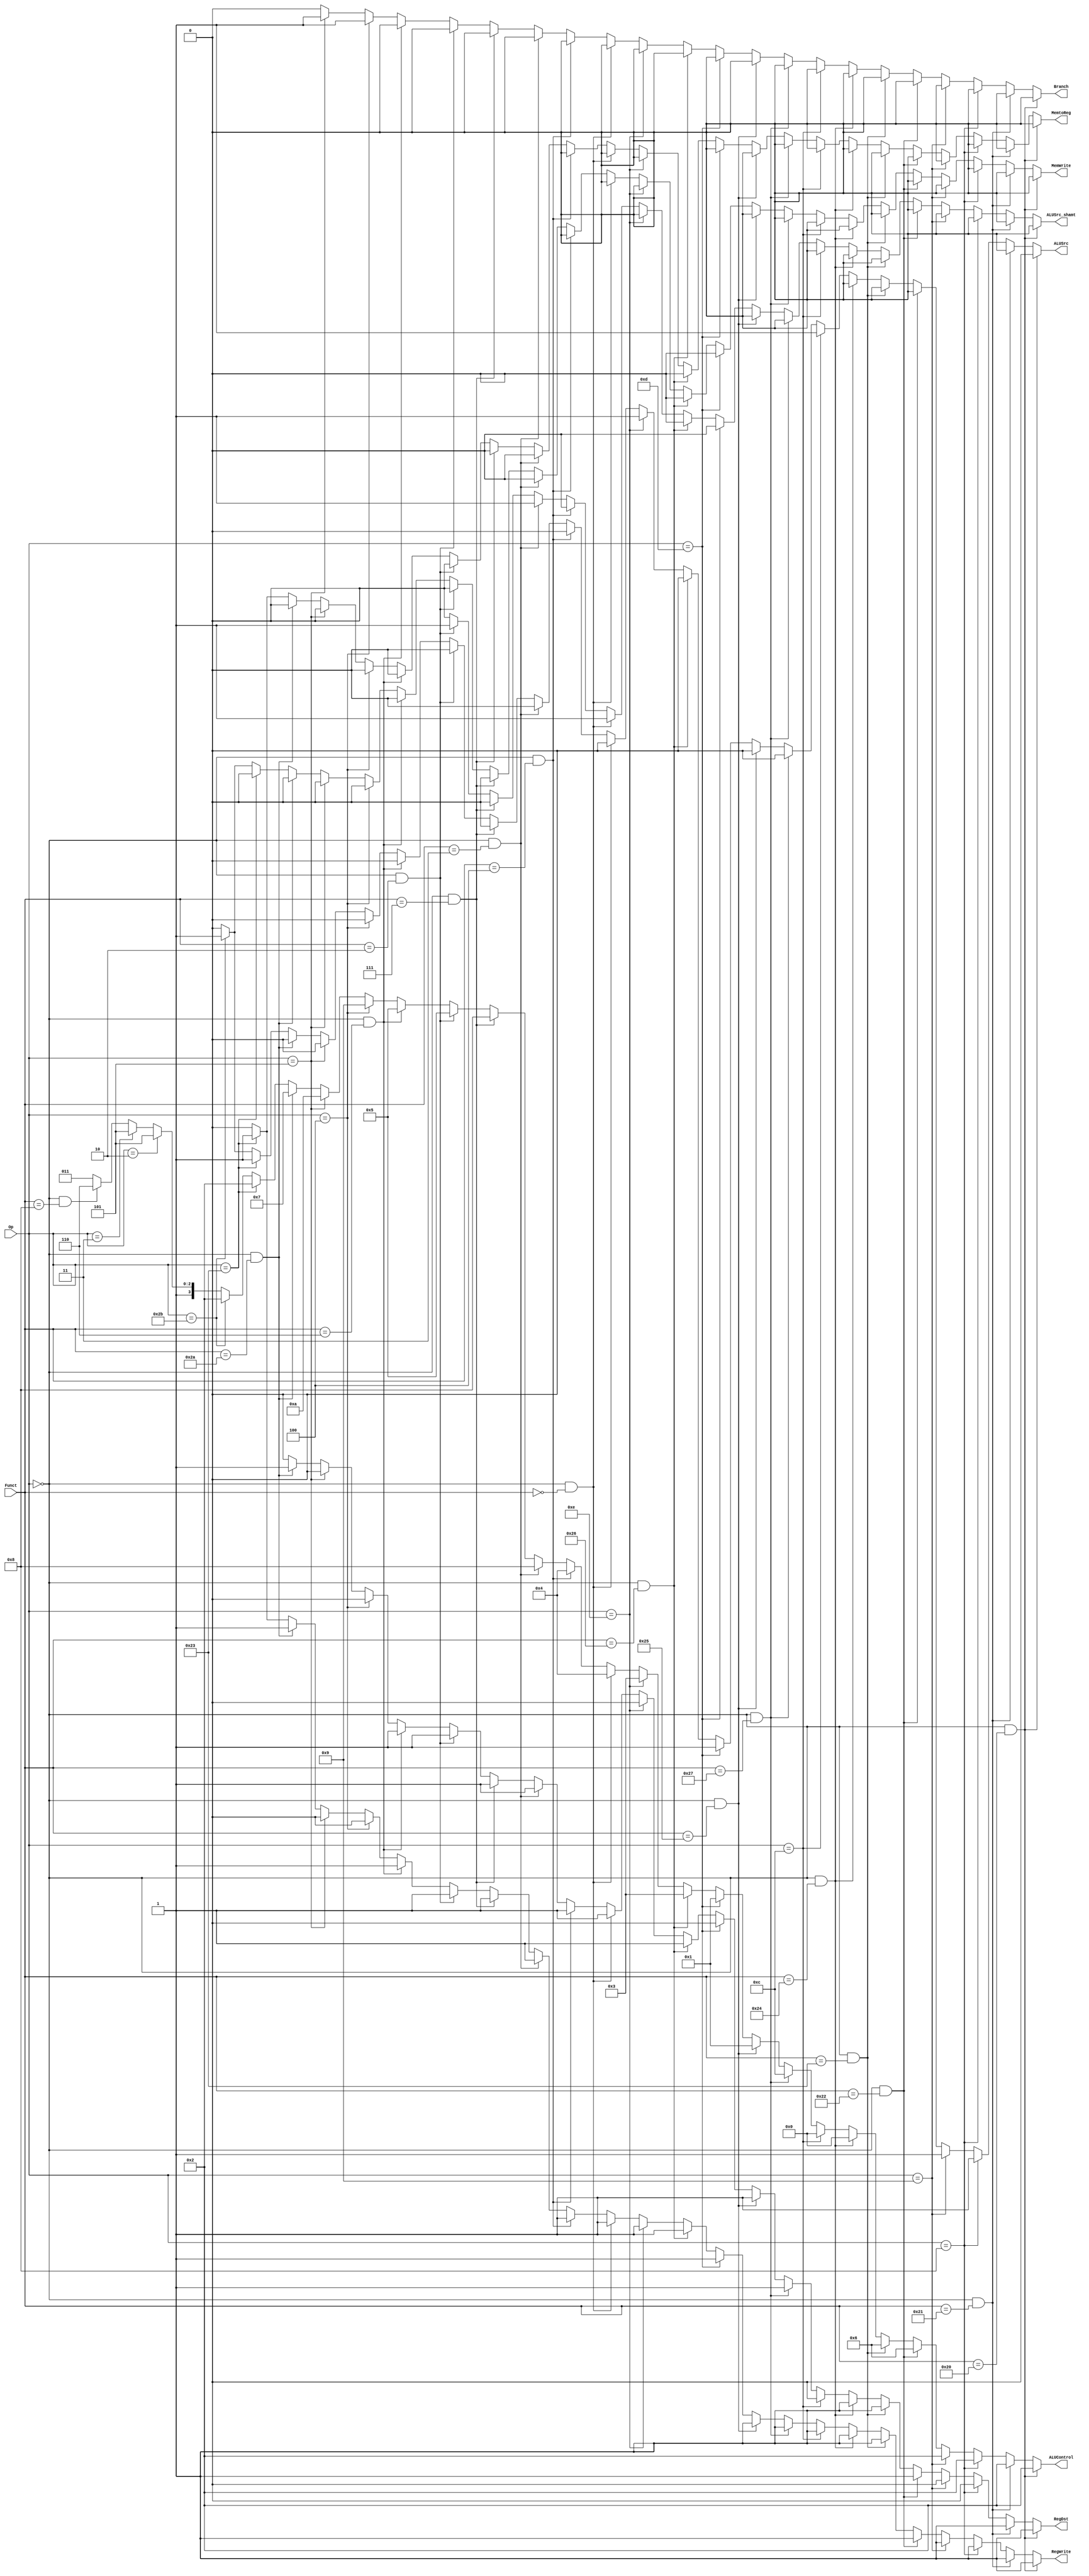
`timescale 100fs/100fs

module ControlUnit(Op,Funct,RegWrite,MemtoReg,MemWrite,Branch,ALUControl,ALUSrc,ALUSrc_shamt,RegDst);

// input & output
input [5:0] Op,Funct;
output reg RegWrite,MemtoReg,MemWrite,Branch;
output reg [3:0] ALUControl;
output reg ALUSrc,ALUSrc_shamt,RegDst;

initial begin
        RegWrite=0;
        MemtoReg=0;
        MemWrite=0;
        Branch=0;
        ALUControl=4'b0000;
        ALUSrc=0;
        ALUSrc_shamt=0;
        RegDst =0;
end

always @(Op, Funct) begin
    if (Op==6'h0 && Funct==6'h20) // add
    begin
        // $display("add");
        RegWrite=1;
        MemtoReg=0;
        MemWrite=0;
        Branch=0;
        ALUControl=4'b0010;
        ALUSrc=0;
        ALUSrc_shamt=0;
        RegDst =1;
    end
    else if (Op==6'h0 && Funct==6'h21) // addu (add)
    begin
        // $display("addu");
        RegWrite=1;
        MemtoReg=0;
        MemWrite=0;
        Branch=0;
        ALUControl=4'b0010;
        ALUSrc=0;
        ALUSrc_shamt=0;
        RegDst =1;
    end
    else if (Op==6'h8) // addi
    begin
        // $display("addi");
        RegWrite=1;
        MemtoReg=0;
        MemWrite=0;
        Branch=0;
        ALUControl=4'b0010;
        ALUSrc=1;
        ALUSrc_shamt=0;
        RegDst =0;
    end
    else if (Op==6'h9) // addiu (addi)
    begin
        // $display("addiu");
        RegWrite=1;
        MemtoReg=0;
        MemWrite=0;
        Branch=0;
        ALUControl=4'b0010;
        ALUSrc=1;
        ALUSrc_shamt=0;
        RegDst =0;
    end
    else if (Op==6'h0 && Funct==6'h22) // sub
    begin
        // $display("sub");
        RegWrite=1;
        MemtoReg=0;
        MemWrite=0;
        Branch=0;
        ALUControl=4'b0110;
        ALUSrc=0;
        ALUSrc_shamt=0;
        RegDst =1;
    end
    else if (Op==6'h0 && Funct==6'h23) // subu (sub)
    begin
        // $display("subu");
        RegWrite=1;
        MemtoReg=0;
        MemWrite=0;
        Branch=0;
        ALUControl=4'b0110;
        ALUSrc=0;
        ALUSrc_shamt=0;
        RegDst =1;
    end
    else if (Op==6'h0 && Funct==6'h24) // &&
    begin
        // $display("and");
        RegWrite=1;
        MemtoReg=0;
        MemWrite=0;
        Branch=0;
        ALUControl=4'b0000;
        ALUSrc=0;
        ALUSrc_shamt=0;
        RegDst =1;
    end
    else if (Op==6'hc) // &&i
    begin
        // $display("andi");
        RegWrite=1;
        MemtoReg=0;
        MemWrite=0;
        Branch=0;
        ALUControl=4'b0000;
        ALUSrc=1;
        ALUSrc_shamt=0;
        RegDst =0;
    end
    else if (Op==6'h0 && Funct==6'h27) // nor
    begin
        // $display("nor");
        RegWrite=1;
        MemtoReg=0;
        MemWrite=0;
        Branch=0;
        ALUControl=4'b1100;
        ALUSrc=0;
        ALUSrc_shamt=0;
        RegDst =1;
    end
    else if (Op==6'h0 && Funct==6'h25) // or
    begin
        // $display("or");
        RegWrite=1;
        MemtoReg=0;
        MemWrite=0;
        Branch=0;
        ALUControl=4'b0001;
        ALUSrc=0;
        ALUSrc_shamt=0;
        RegDst =1;
    end
    else if (Op==6'hd) // ori
    begin
        // $display("ori");
        RegWrite=1;
        MemtoReg=0;
        MemWrite=0;
        Branch=0;
        ALUControl=4'b0001;
        ALUSrc=1;
        ALUSrc_shamt=0;
        RegDst =0;
    end
    else if (Op==6'h0 && Funct==6'h26) // xor
    begin
        // $display("xor");
        RegWrite=1;
        MemtoReg=0;
        MemWrite=0;
        Branch=0;
        ALUControl=4'b0011;
        ALUSrc=0;
        ALUSrc_shamt=0;
        RegDst =1;
    end
    else if (Op==6'he) // xori
    begin
        // $display("xori");
        RegWrite=1;
        MemtoReg=0;
        MemWrite=0;
        Branch=0;
        ALUControl=4'b0011;
        ALUSrc=1;
        ALUSrc_shamt=0;
        RegDst =0;
    end
    else if (Op==6'h0 && Funct==6'h0) // sll
    begin
        // $display("sll");
        RegWrite=1;
        MemtoReg=0;
        MemWrite=0;
        Branch=0;
        ALUControl=4'b0100;
        ALUSrc=0;
        ALUSrc_shamt=1;
        RegDst=1;
    end
    else if (Op==6'h0 && Funct==6'h4) // sllv
    begin
        // $display("sllv");
        RegWrite=1;
        MemtoReg=0;
        MemWrite=0;
        Branch=0;
        ALUControl=4'b0100;
        ALUSrc=0;
        ALUSrc_shamt=0;
        RegDst=1;
    end
    else if (Op==6'h0 && Funct==6'h3) // sra
    begin
        // $display("sra");
        RegWrite=1;
        MemtoReg=0;
        MemWrite=0;
        Branch=0;
        ALUControl=4'b1000;
        ALUSrc=0;
        ALUSrc_shamt=1;
        RegDst=1;
    end
    else if (Op==6'h0 && Funct==6'h7) // srav
    begin
        // $display("srav");
        RegWrite=1;
        MemtoReg=0;
        MemWrite=0;
        Branch=0;
        ALUControl=4'b1000;
        ALUSrc=0;
        ALUSrc_shamt=0;
        RegDst=1;
    end
    else if (Op==6'h0 && Funct==6'h2) // srl
    begin
        // $display("srl");
        RegWrite=1;
        MemtoReg=0;
        MemWrite=0;
        Branch=0;
        ALUControl=4'b0101;
        ALUSrc=0;
        ALUSrc_shamt=1;
        RegDst=1;
    end
    else if (Op==6'h0 && Funct==6'h6) // srlv
    begin
        // $display("srlv");
        RegWrite=1;
        MemtoReg=0;
        MemWrite=0;
        Branch=0;
        ALUControl=4'b0101;
        ALUSrc=0;
        ALUSrc_shamt=0;
        RegDst=1;
    end
    else if (Op==6'h4) // beq
    begin
        // $display("beq");
        RegWrite=0;
        MemtoReg=0;
        MemWrite=0;
        Branch=1;
        ALUControl=4'b1001;
        ALUSrc=0;
        ALUSrc_shamt=0;
        RegDst=0; // x
    end
    else if (Op==6'h5) // bne
    begin
        // $display("bne");
        RegWrite=0;
        MemtoReg=0;
        MemWrite=0;
        Branch=1;
        ALUControl=4'b1010;
        ALUSrc=0;
        ALUSrc_shamt=0;
        RegDst=0; // x
    end
    else if (Op==6'h0 && Funct==6'h2a) // slt
    begin
        // $display("slt");
        RegWrite=1;
        MemtoReg=0;
        MemWrite=0;
        Branch=0;
        ALUControl=4'b0111;
        ALUSrc=0;
        ALUSrc_shamt=0;
        RegDst=1;
    end
    else if (Op==6'h23) // lw
    begin
        // $display("lw");
        RegWrite=1;
        MemtoReg=1;
        MemWrite=0;
        Branch=0;
        ALUControl=4'b0010;
        ALUSrc=1;
        ALUSrc_shamt=0;
        RegDst=0;
    end
    else if (Op==6'h2b) // sw
    begin
        // $display("sw");
        RegWrite=0;
        MemtoReg=0;
        MemWrite=1;
        Branch=0;
        ALUControl=4'b0010;
        ALUSrc=1;
        ALUSrc_shamt=0;
        RegDst=0; // x
    end
    else if (Op==6'h2) // j
    begin
        // $display("j");
        RegWrite=0;
        MemtoReg=0;
        MemWrite=0;
        Branch=0;
        ALUControl=4'b1101;
        ALUSrc=0;
        ALUSrc_shamt=0;
        RegDst=0;
    end
    else if (Op==6'h3) // jal
    begin
        // $display("jal");
        RegWrite=0;
        MemtoReg=0;
        MemWrite=0;
        Branch=0;
        ALUControl=4'b1101;
        ALUSrc=0;
        ALUSrc_shamt=0;
        RegDst =0;
    end
    else if (Op==6'h0 && Funct==6'h8) // jr
    begin
        // $display("jr");
        RegWrite=0;
        MemtoReg=0;
        MemWrite=0;
        Branch=0;
        ALUControl=4'b1110;
        ALUSrc=0;
        ALUSrc_shamt=0;
        RegDst =0;
    end
    else
    begin
        // $display("Control Unit can't recognize");
        RegWrite=0;
        MemtoReg=0;
        MemWrite=0;
        Branch=0;
        ALUControl=4'b1011;
        ALUSrc=0;
        ALUSrc_shamt=0;
        RegDst=0; // x
    end
    
end


endmodule